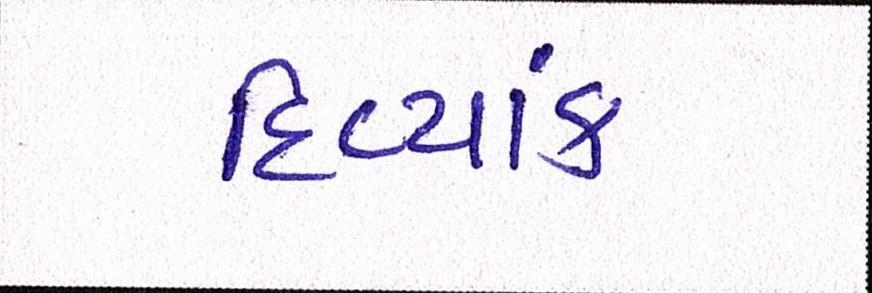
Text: દિવ્યાંક